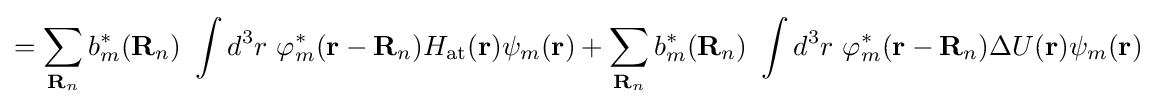
=\sum _{\mathbf {R} _{n}}b_{m}^{*}(\mathbf {R} _{n})\ \int d^{3}r\ \varphi _{m}^{*}(\mathbf {r} -\mathbf {R} _{n})H_{\mathrm {at} }(\mathbf {r} )\psi _{m}(\mathbf {r} )+\sum _{\mathbf {R} _{n}}b_{m}^{*}(\mathbf {R} _{n})\ \int d^{3}r\ \varphi _{m}^{*}(\mathbf {r} -\mathbf {R} _{n})\Delta U(\mathbf {r} )\psi _{m}(\mathbf {r} )